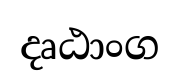
දෘඨාංග